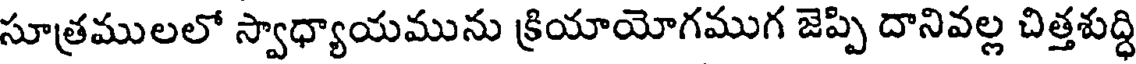
సూత్రములలో స్వాధ్యాయమును క్రియాయోగముగ జెప్పి దానివల్ల చిత్తశుద్ధి